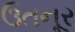
ઉતનૂર